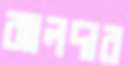
ঝালদার